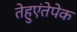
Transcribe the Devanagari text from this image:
तेहुएंतेपेक